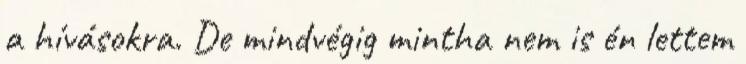
a hívásokra. De mindvégig mintha nem is én lettem